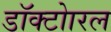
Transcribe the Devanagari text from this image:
डॉक्टोारल